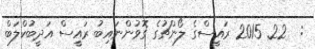
:  22